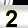
Digit: 2